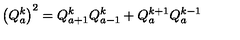
\left( Q _ { a } ^ { k } \right) ^ { 2 } = Q _ { a + 1 } ^ { k } Q _ { a - 1 } ^ { k } + Q _ { a } ^ { k + 1 } Q _ { a } ^ { k - 1 }